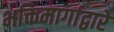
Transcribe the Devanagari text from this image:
भक्तिमार्गाद्वारे